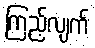
ကြည့်လျက်